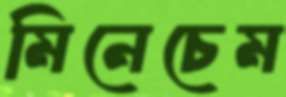
মিনেচেম